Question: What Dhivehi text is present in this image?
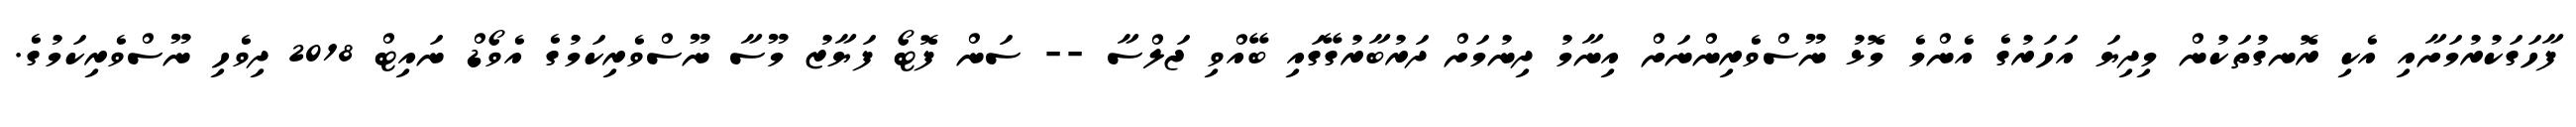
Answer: ފާހަގަކުރުމަށާއި އެކި ރޮނގުތަކުން މިދިޔަ އަހަރުގެ އެންމެ މޮޅު ނޫސްވެރިންނަށް އިނާމު ދިނުމަށް ދަރުބާރުގޭގައި ބޭއްވި ޖަލްސާ -- ސަން ފޮޓޯ ފަޔާޒު މޫސާ ނޫސްވެރިކަމުގެ އެވޯޑް ނައިޓް 2018 ދިވެހި ނޫސްވެރިކަމުގެ.